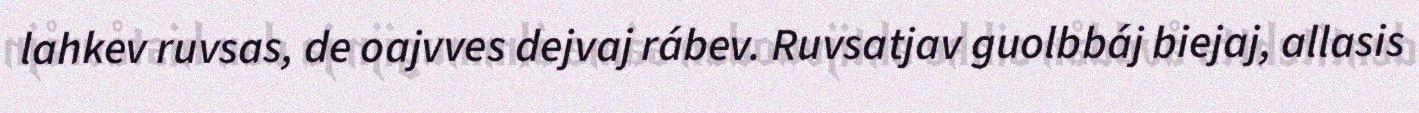
lahkev ruvsas, de oajvves dejvaj rábev. Ruvsatjav guolbbáj biejaj, allasis